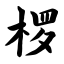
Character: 椤